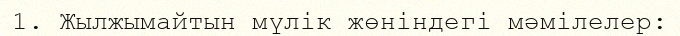
1. Жылжымайтын мүлік жөніндегі мәмілелер: